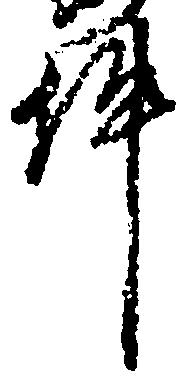
件